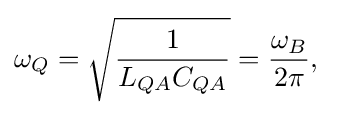
\omega _{Q}={\sqrt {\frac {1}{L_{QA}C_{QA}}}}={\frac {\omega _{B}}{2\pi }},\